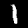
Label: 1